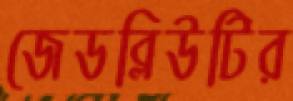
জেডব্লিউটির